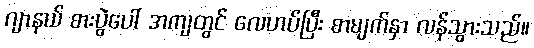
ဂျာနယ် စားပွဲပေါ် အကျတွင် လေဟပ်ပြီး စာမျက်နှာ လန်သွားသည်။